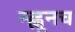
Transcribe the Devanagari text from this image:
म्ह्णूनच